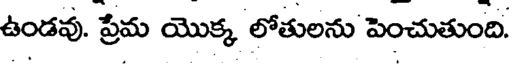
ఉండవు. ప్రేమ యొక్క లోతులను పెంచుతుంది.